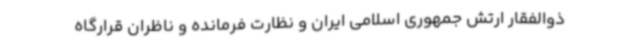
ذوالفقار ارتش جمهوری اسلامی ایران و نظارت فرمانده و ناظران قرارگاه